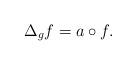
LaTeX: \begin{align*}\Delta_{g} f = a\circ f.\end{align*}